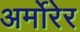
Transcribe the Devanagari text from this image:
अर्मोरेर